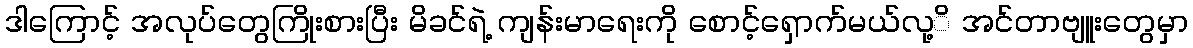
ဒါကြောင့် အလုပ်တွေကြိုးစားပြီး မိခင်ရဲ့ ကျန်းမာရေးကို စောင့်ရှောက်မယ်လု့ိ အင်တာဗျူးတွေမှာ